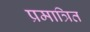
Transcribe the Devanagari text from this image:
प्रमात्रित